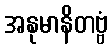
အနုမာနိတဗ္ဗံ